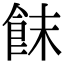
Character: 䬴